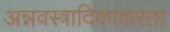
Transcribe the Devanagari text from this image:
अन्नवस्त्रादिकाकरता